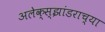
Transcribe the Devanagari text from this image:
अलेक्स्झांडराच्या